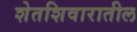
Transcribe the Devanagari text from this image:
शेतशिवारातील